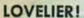
LOVELIER!